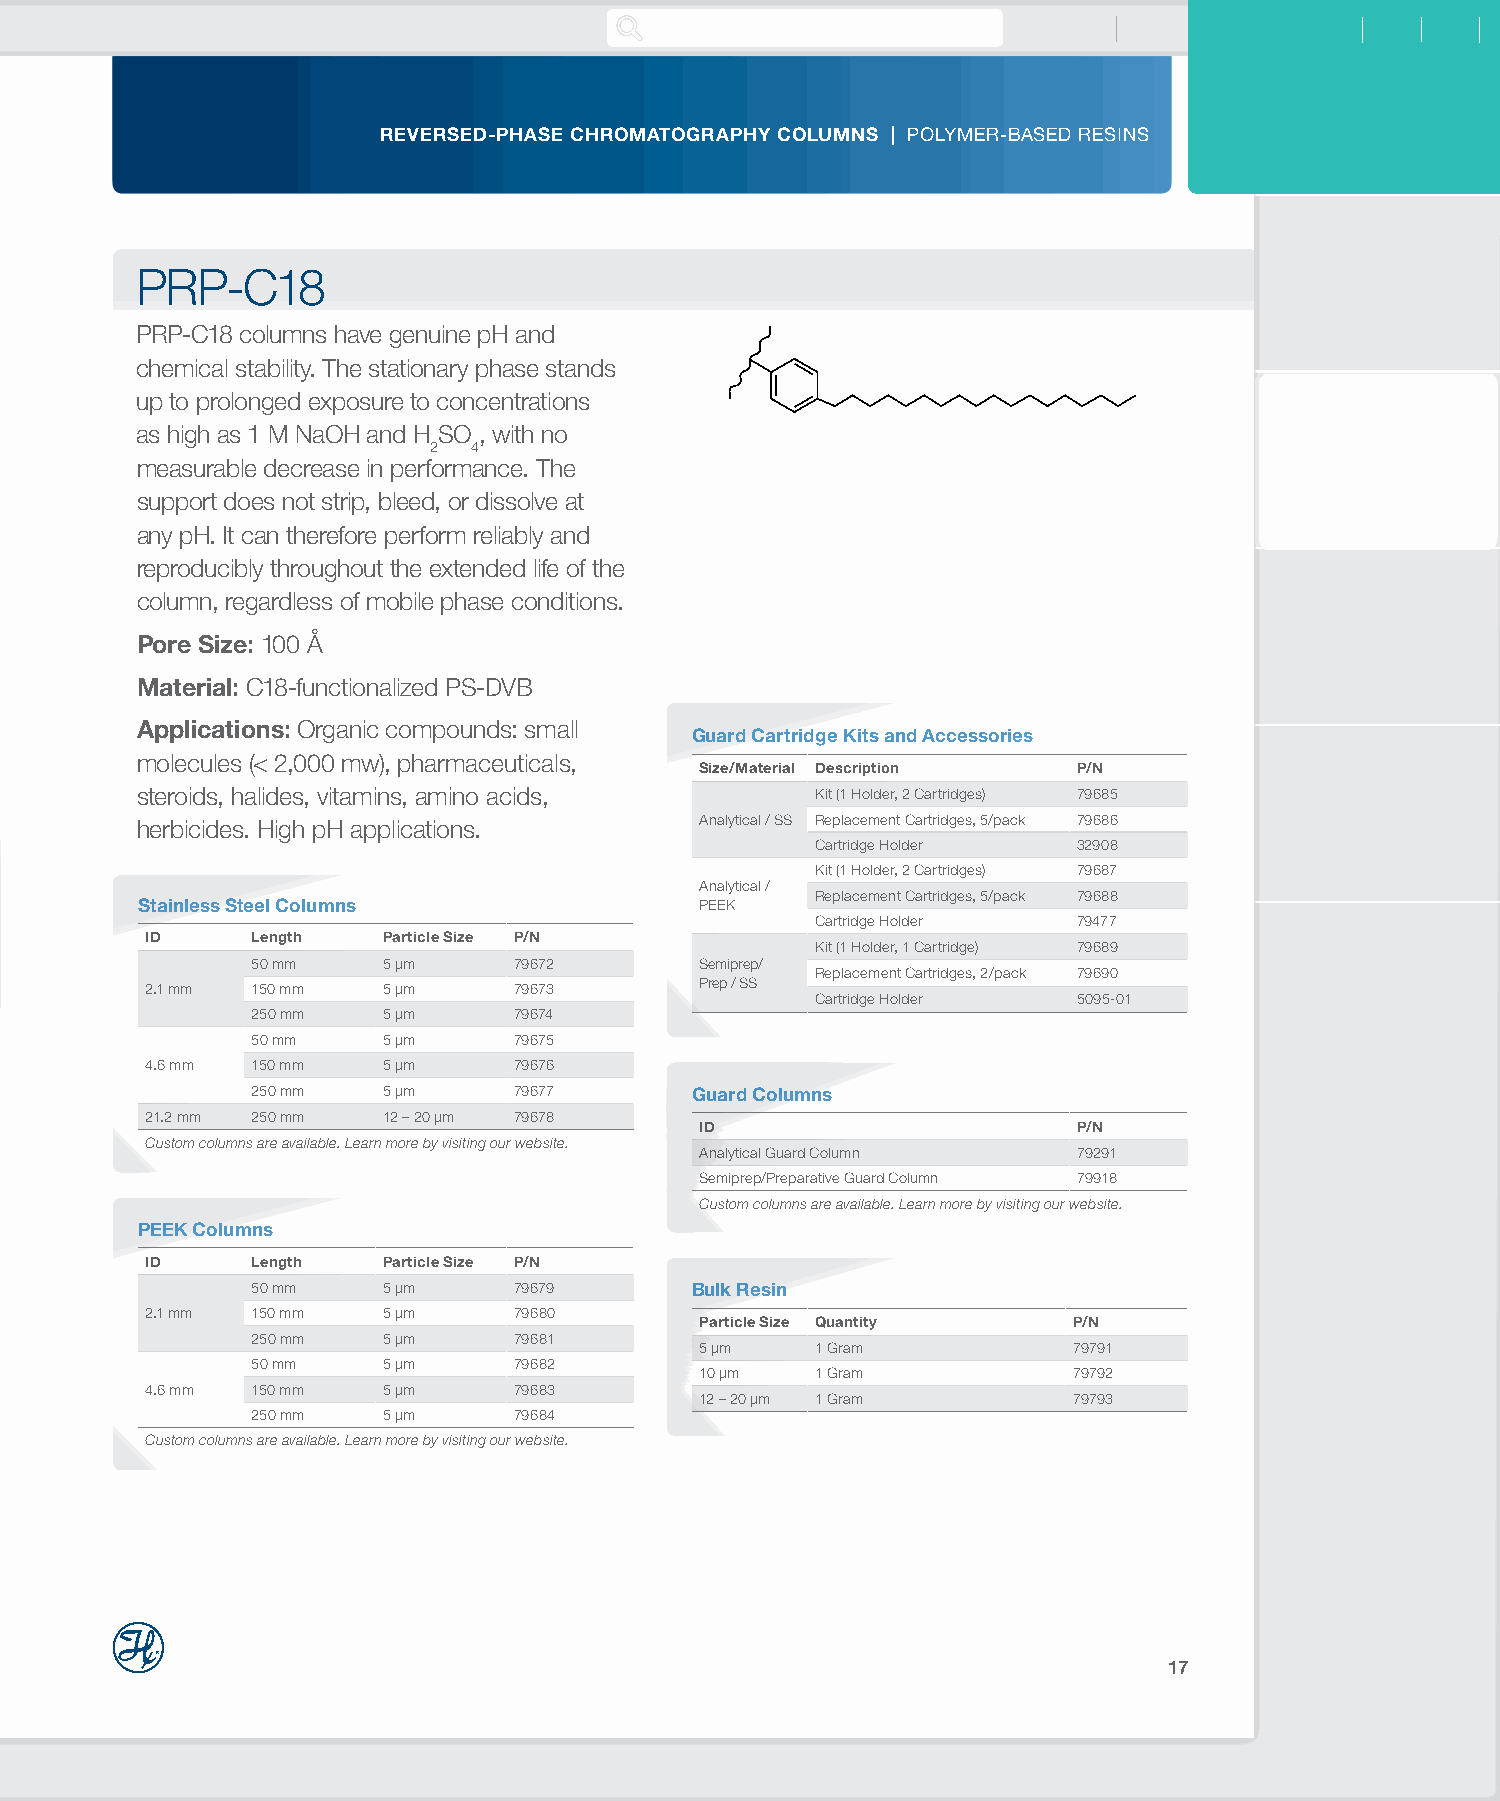
REVERSED-PHASE CHROMATOGRAPHY COLUMNS | POLYMER-BASED RESINS
 PRP-C18
 PRP-C18 columns have genuine pH and
 chemical stability. The stationary phase stands
 up to prolonged exposure to concentrations
 as high as 1 M NaOH and H SO , with no
 2  4
 measurable decrease in performance. The
 support does not strip, bleed, or dissolve at
 any pH. It can therefore perform reliably and
 reproducibly throughout the extended life of the
 column, regardless of mobile phase conditions.
 Pore Size: 100 Å
 Material: C18-functionalized PS-DVB
 Applications: Organic compounds: small
 Guard Cartridge Kits and Accessories
 molecules (< 2,000 mw), pharmaceuticals,
 Size/Material Description P/N
 steroids, halides, vitamins, amino acids,    Kit (1 Holder, 2 Cartridges) 79685
 herbicides. High pH applications.    Analytical / SS Replacement Cartridges, 5/pack 79686
 Cartridge Holder 32908
 Kit (1 Holder, 2 Cartridges) 79687
 Analytical /
 Replacement Cartridges, 5/pack 79688
 Stainless Steel Columns              PEEK
 Cartridge Holder 79477
 ID     Length  Particle Size P/N
 Kit (1 Holder, 1 Cartridge) 79689
 50 mm   5 µm     79672       Semiprep/
 Replacement Cartridges, 2/pack 79690
 Prep / SS
 2.1 mm 150 mm  5 µm     79673
 Cartridge Holder 5095-01
 250 mm  5 µm     79674
 50 mm   5 µm     79675
 4.6 mm 150 mm  5 µm     79676
 250 mm  5 µm     79677       Guard Columns
 21.2 mm 250 mm 12 – 20 µm 79678
 ID                       P/N
 Custom columns are available. Learn more by visiting our website.
 Analytical Guard Column  79291
 Semiprep/Preparative Guard Column 79918
 Custom columns are available. Learn more by visiting our website.
 PEEK Columns
 ID     Length  Particle Size P/N
 50 mm   5 µm     79679       Bulk Resin
 2.1 mm 150 mm  5 µm     79680
 Particle Size Quantity   P/N
 250 mm  5 µm     79681
 5 µm    1 Gram           79791
 50 mm   5 µm     79682
 10 µm   1 Gram           79792
 4.6 mm 150 mm  5 µm     79683
 12 – 20 µm 1 Gram        79793
 250 mm  5 µm     79684
 Custom columns are available. Learn more by visiting our website.
 17